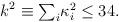
LaTeX: \begin{align*}k^{2} \equiv \textstyle{\sum_{i}} \kappa^{2}_{i} \leq 34.\end{align*}